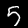
Digit: 5